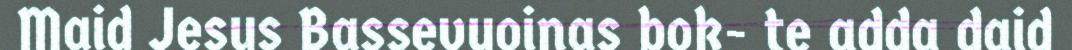
Maid Jesus Bassevuoinas bok- te adda daid